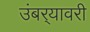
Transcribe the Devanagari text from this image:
उंबर्‍यावरी